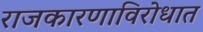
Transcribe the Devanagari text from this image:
राजकारणाविरोधात